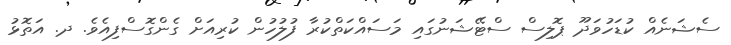
ސެޝަނެއް ކުޑަހުވަދޫ ޕޮލިސް ސްޓޭޝަނުގައި މަސައްކަތްކުރާ ފުލުހުން ކުރިއަށް ގެންގޮސްފިއެވެ. ދ. އަތޮޅު